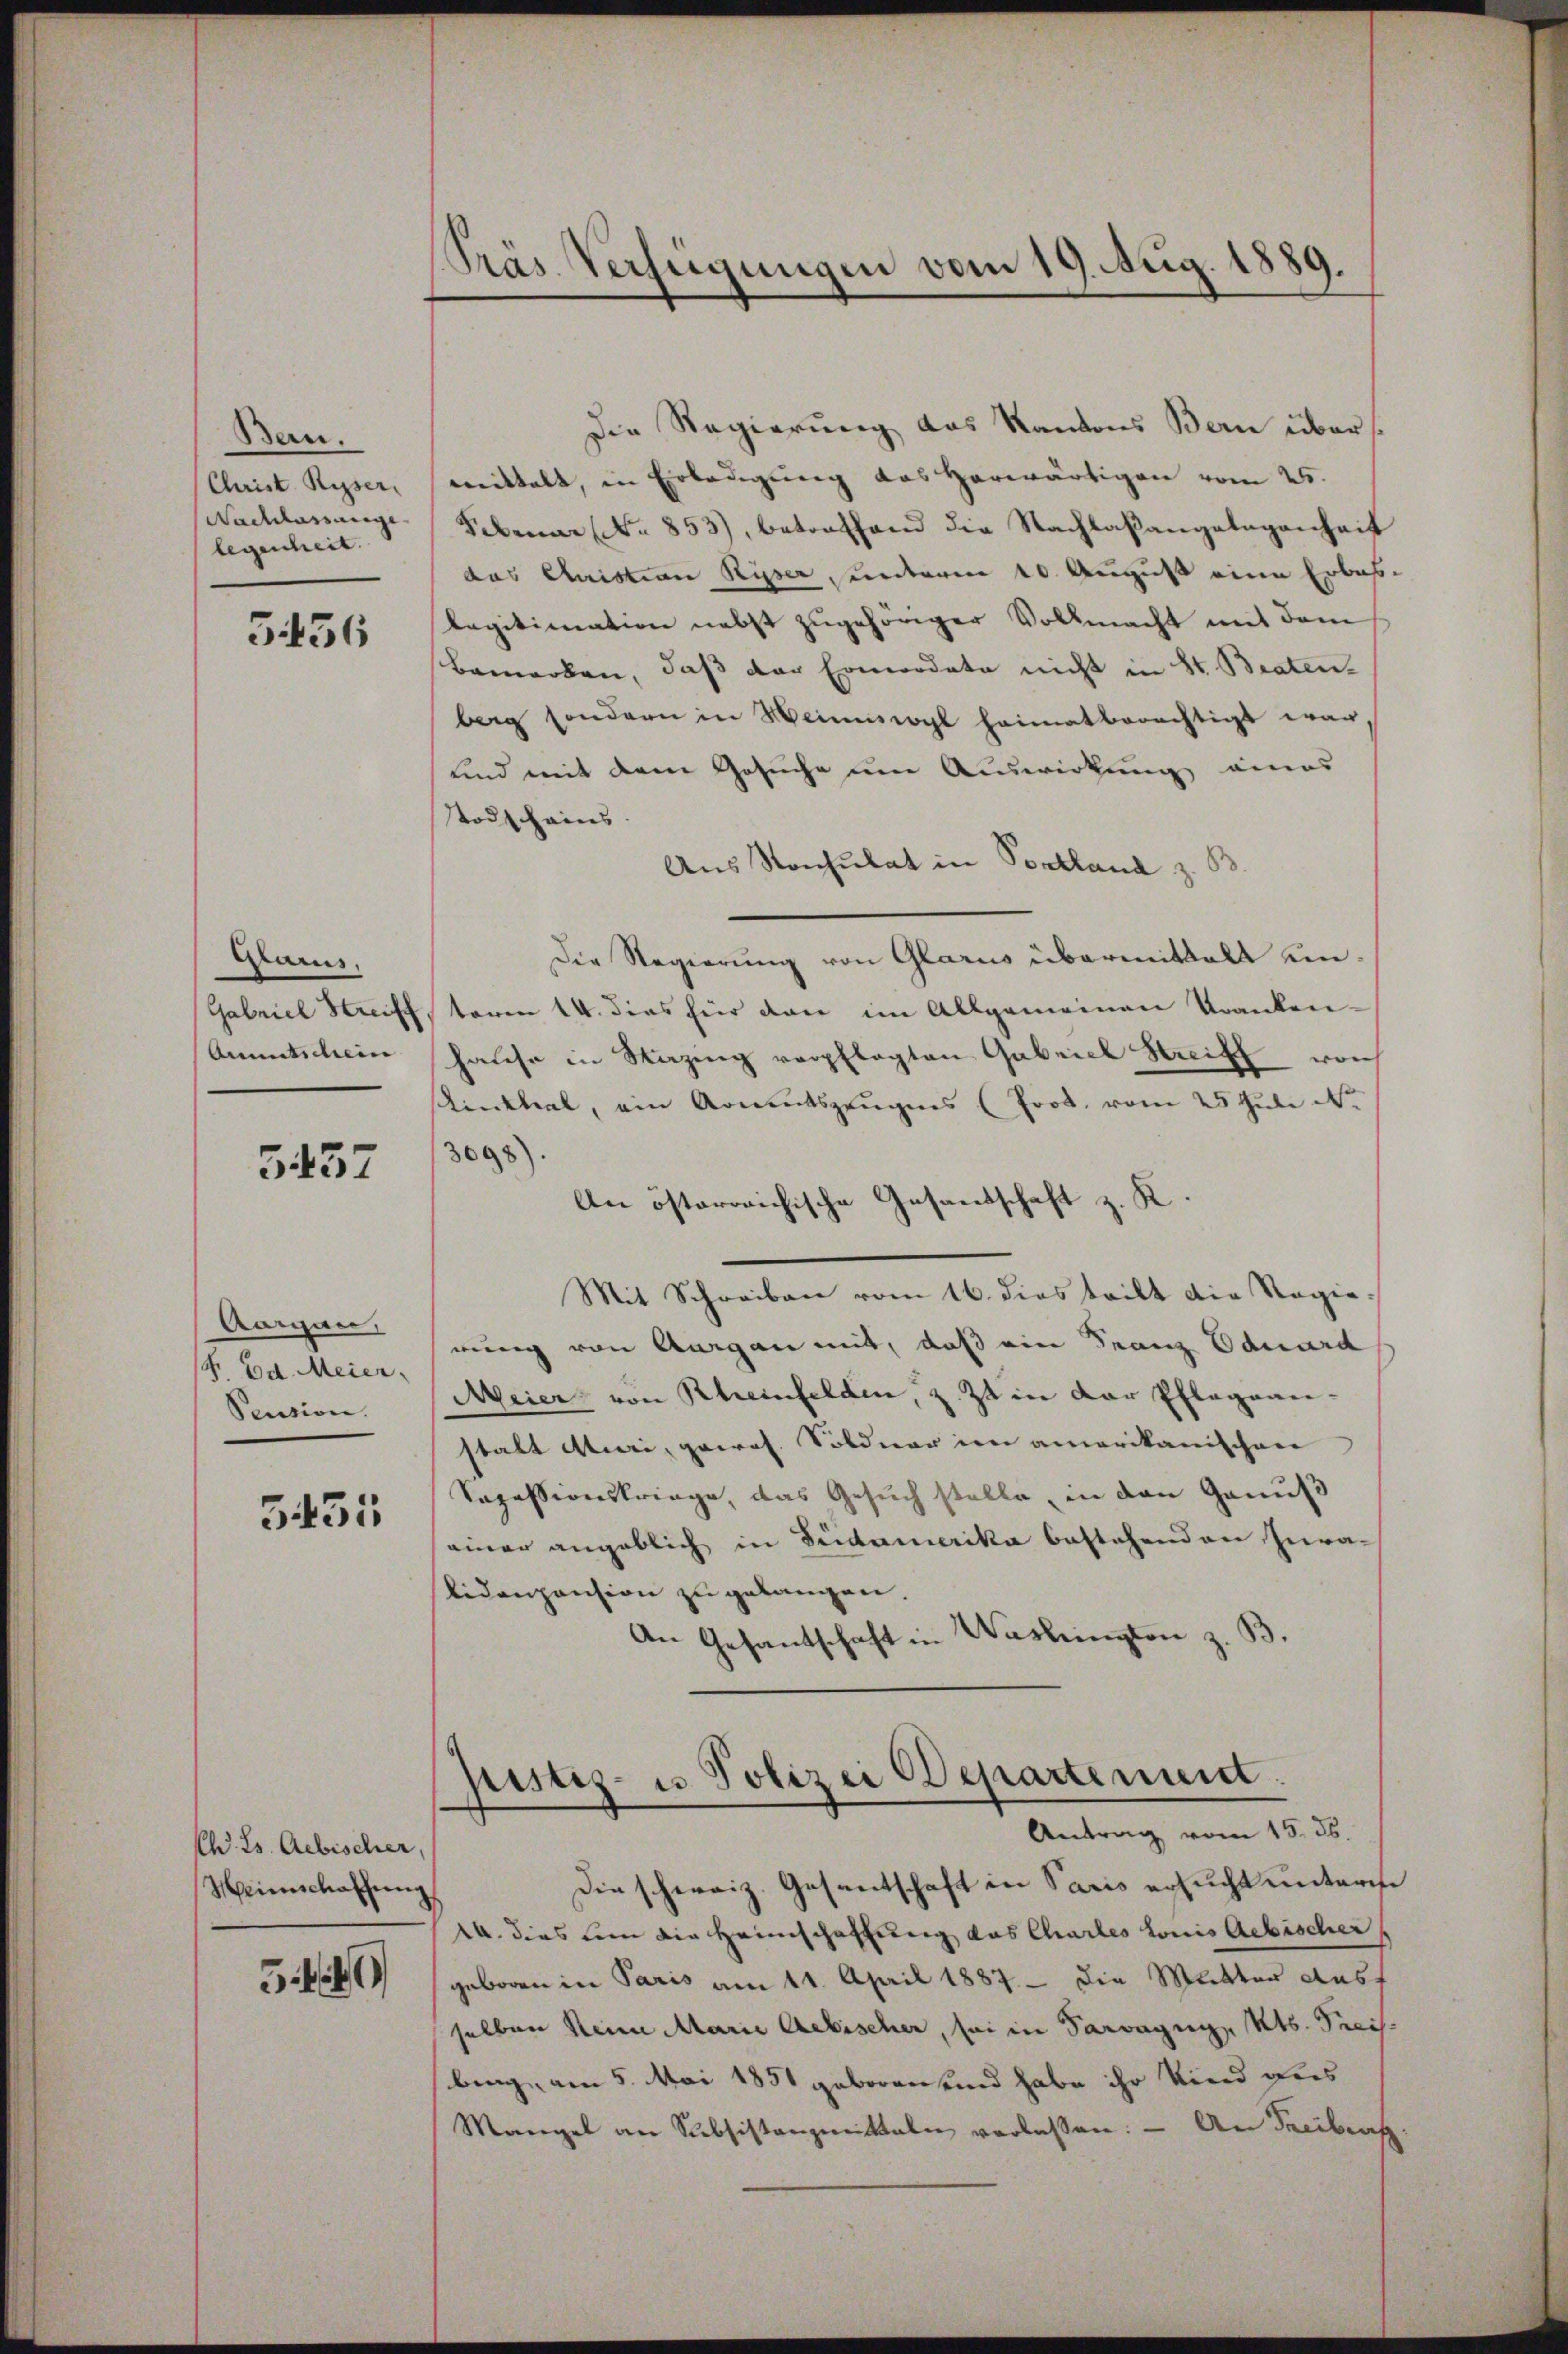
Ban.
Christ Ryser,
Nachlassunge
legenheit.

5436

Marus,
Gabriel Streiff
Ammitschein

5437

Aargau,
/. Ed. Meier,
Pension.

5431

Ch. Fs. Aebischer,
Weinschaffung

5446

Präs. Verzeigungen vom 19. Aug. 1889.

Die Regierung das Kantons Bern übers
mittelt, in Erledigŭng das herwärtigen vom 25.
Februar (No. 853), betreffend die Nachlaßangelegenheit
das Quistian Ryser, unterm 10. August eine Erbas-
lagitimation nebst zugehöriger Vollmacht mit dem
Bemerken, daß der Ermordete nicht in St. Braten-
berg sondern in Weinswyl heimatberechtigt war,
und mit dem Gesuche um Auswirkung eines
odschains.
Aus Konsulat in Postland z. B.
Die Regierŭng von Glarus übermittelt un
toren 14. dies hier den im Allgemeinen Kranken-
hause in Nazing verpflegten Gabrich Streift von
sinthal, ein Armutszeugens (Prod. vom 25 Juli de
3098).
An österreichische Gesandschaft z. K
Mit Schreiben vom 16. dies teilt die Regierung von Augen mit, daß ein Franz Eduard
Meier von Rheinfelden, z. Zt. in der Pflegean-
stalt Muri, gewos. Soldner im amerikanischen
Sapessionskriege, das Gesuch stelle, in den Genuß
einer angeblich in Fridamerika bestehenden Iuralidenpension zu gelangen.
An Gesantschaft in Washington z. B.

pistiz- u Polizei Departement.
Antrag vom 15. 36.

Die schweiz. Gesentschaft in Paris ersucht unter
1. dies nun die Heimschaffung das Chartes Louis Aebischer,
geboren in Paris am 11. April 1887. - Die Mutter ausf
selben Seine Marie Gebischer, sei in Paragung, Kts. Preis-
bing, am 5. Mai 1851 geboren und habe ihr Kind dies
Mangel an Subsistanzmitteln verlassen. — An Freibens